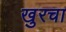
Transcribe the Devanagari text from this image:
खुरचा